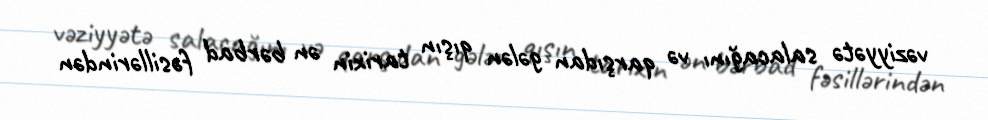
vəziyyətə salacağını və qarşıdan gələn qışın tarixin ən bərbad fəsillərindən